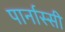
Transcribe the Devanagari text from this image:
पार्नास्सी